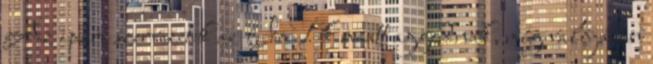
Az ipari szervezetek az IoT-k miatt aggódnak, míg valójában